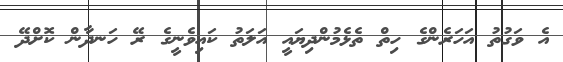
އެ ވަގުތު އަހަރެންގެ ހިތް ތެޅެމުންދިޔައީ އަލަތު ކައިވެނީގެ ރޭ ހަނދާން ކޮށްދޭ